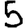
Digit: 5